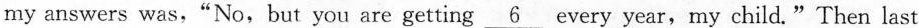
my answers was,"No,but you are getting \underline{6} every year,my child."Then last